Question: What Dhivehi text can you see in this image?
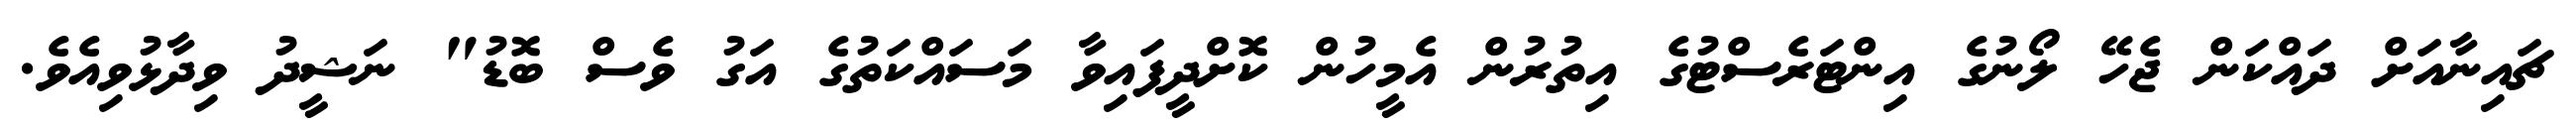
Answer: ޗައިނާއަށް ދައްކަން ޖެހޭ ލޯނުގެ އިންޓަރެސްޓުގެ އިތުރުން އެމީހުން ކޮށްދީފައިވާ މަސައްކަތުގެ އަގު ވެސް ބޮޑު" ނަޝީދު ވިދާޅުވިއެވެ.